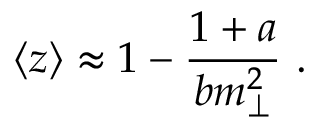
\langle z \rangle \approx 1 - \frac { 1 + a } { b m _ { \perp } ^ { 2 } } ~ .